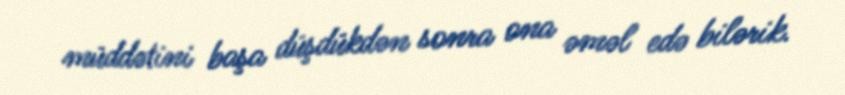
müddətini başa düşdükdən sonra ona əməl edə bilərik.